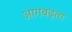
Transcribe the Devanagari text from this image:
आगबढ़ता